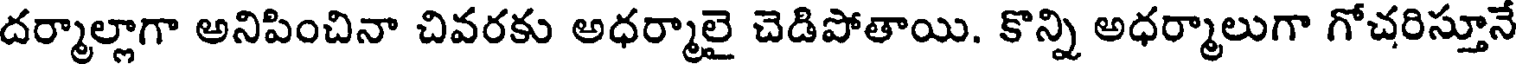
దర్మాల్లాగా అనిపించినా చివరకు అధర్మాలై చెడిపోతాయి. కొన్ని అధర్మాలుగా గోచరిస్తూనే